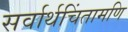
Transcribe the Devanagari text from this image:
सर्वार्थचिंतामणि